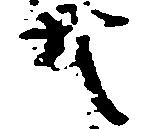
共